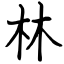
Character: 林